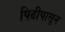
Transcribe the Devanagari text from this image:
पिढीपासून